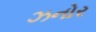
ઝનોર